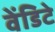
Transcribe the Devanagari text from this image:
वेंडिटे